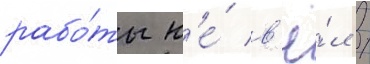
рабо́ты н'е́ в'ё́л /